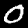
Digit: 0